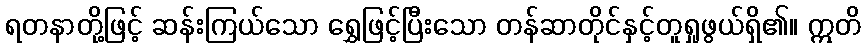
ရတနာတို့ဖြင့် ဆန်းကြယ်သော ရွှေဖြင့်ပြီးသော တန်ဆာတိုင်နှင့်တူရှုဖွယ်ရှိ၏။ ဣတိ